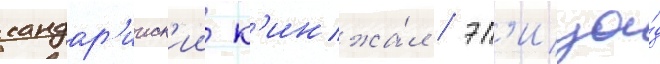
кандар'ииск'ии к'инжа́л / эп'изо́д